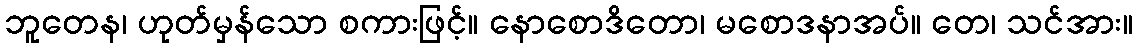
ဘူတေန၊ ဟုတ်မှန်သော စကားဖြင့်။ နောစောဒိတော၊ မစောဒနာအပ်။ တေ၊ သင်အား။